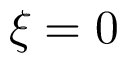
\xi = 0